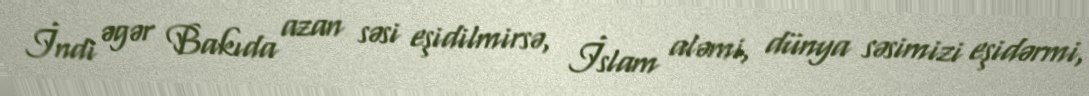
İndi əgər Bakıda azan səsi eşidilmirsə, İslam aləmi, dünya səsimizi eşidərmi,